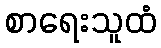
စာရေးသူထံ